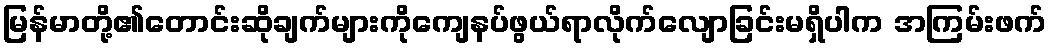
မြန်မာတို့၏တောင်းဆိုချက်များကိုကျေနပ်ဖွယ်ရာလိုက်လျောခြင်းမရှိပါက အကြမ်းဖက်